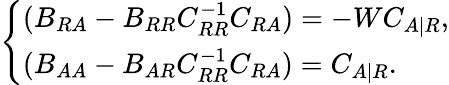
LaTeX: \begin{array}{r}{\left\{ \begin{array}{ll}{(B_{RA}-B_{RR}C_{RR}^{-1}C_{RA})=-WC_{A|R},}\\ {(B_{AA}-B_{AR}C_{RR}^{-1}C_{RA})=C_{A|R}.}\end{array}\right.}\end{array}